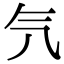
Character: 氕